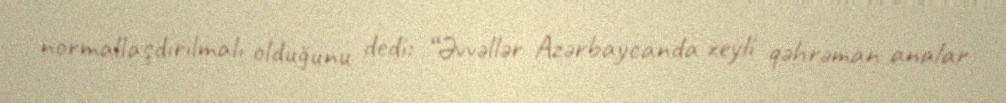
normallaşdırılmalı olduğunu dedi: “Əvvəllər Azərbaycanda xeyli qəhrəman analar